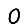
Digit: 0